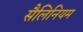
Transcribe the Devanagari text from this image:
सैलिनियम